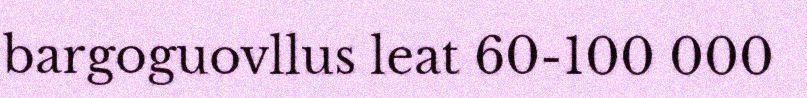
bargoguovllus leat 60-100 000